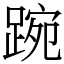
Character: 踠